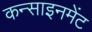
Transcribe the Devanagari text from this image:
कन्साइनमेंट